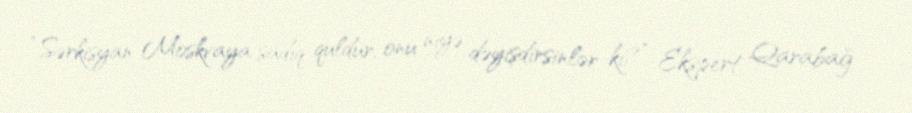
“Sərkisyan Moskvaya sadiq quldur, onu niyə dəyişdirsinlər ki?” Ekspert Qarabağ